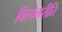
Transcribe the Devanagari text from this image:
विलोमरीति